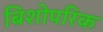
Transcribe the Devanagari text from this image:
बिशोपरिक